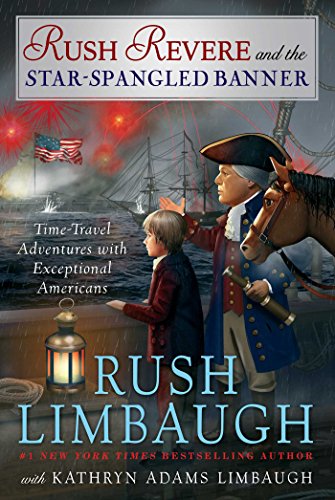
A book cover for Rush Revere and the Star-Spangled Banner; Rush Limbaugh; Children's Books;